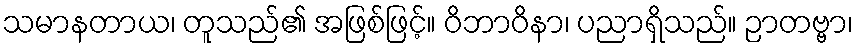
သမာနတာယ၊ တူသည်၏ အဖြစ်ဖြင့်။ ဝိဘာဝိနာ၊ ပညာရှိသည်။ ဉာတဗ္ဗာ၊